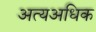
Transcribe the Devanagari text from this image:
अत्यअधिक